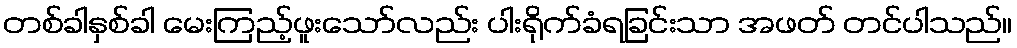
တစ်ခါနှစ်ခါ မေးကြည့်ဖူးသော်လည်း ပါးရိုက်ခံရခြင်းသာ အဖတ် တင်ပါသည်။